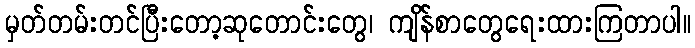
မှတ်တမ်းတင်ပြီးတော့ဆုတောင်းတွေ၊ ကျိန်စာတွေရေးထားကြတာပါ။